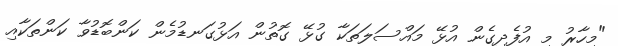
"މިހާރު މި އުފެދިގެން އުޅޭ މައްސަލަތަކާ ގުޅޭ ގޮތުން އަޅުގަނޑުމެން ކަންބޮޑުވާ ކަންތަކާއި